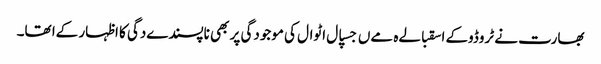
بھارت نے ٹروڈوکے اسقبالےہ مےں جسپال اٹوال کی موجودگی پر بھی ناپسندےدگی کا اظہار کےا تھا۔